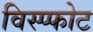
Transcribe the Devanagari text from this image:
विस्प्फोट